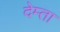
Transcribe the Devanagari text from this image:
देम्ता